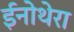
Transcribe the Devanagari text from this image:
ईनोथेरा